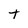
Character: t